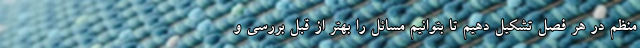
منظم در هر فصل تشکیل دهیم تا بتوانیم مسائل را بهتر از قبل بررسی و